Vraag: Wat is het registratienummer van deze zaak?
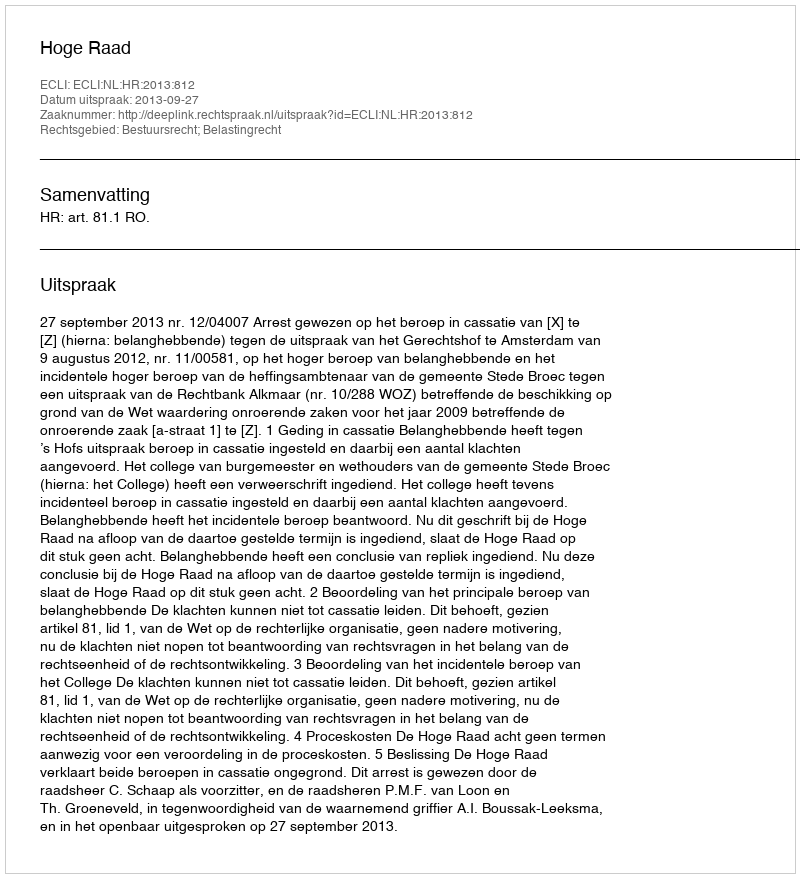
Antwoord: http://deeplink.rechtspraak.nl/uitspraak?id=ECLI:NL:HR:2013:812